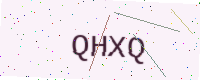
Text: QHXQ